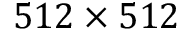
5 1 2 \times 5 1 2